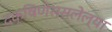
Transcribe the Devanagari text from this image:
दक्षिणेससलेल्या